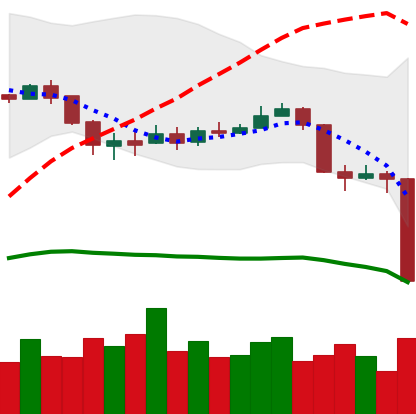
Ticker: BNB-USD
Chart end date: 2020-03-12
Forward return: 4.969%
Label: up_3_5